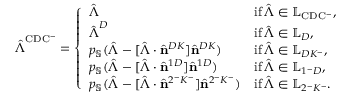
\hat { \boldsymbol { \Lambda } } ^ { \mathrm { C D C ^ { - } } } = \left\{ \begin{array} { l l } { \hat { \boldsymbol { \Lambda } } } & { \mathrm { i f \, } \hat { \boldsymbol { \Lambda } } \in \mathbb { L } _ { \mathrm { C D C ^ { - } } } , } \\ { \hat { \boldsymbol { \Lambda } } ^ { D } } & { \mathrm { i f \, } \hat { \boldsymbol { \Lambda } } \in \mathbb { L } _ { D } , } \\ { p _ { \mathbb { S } } ( \hat { \boldsymbol { \Lambda } } - [ \hat { \boldsymbol { \Lambda } } \cdot \hat { \mathbf { n } } ^ { D K } ] \hat { \mathbf { n } } ^ { D K } ) } & { \mathrm { i f \, } \hat { \boldsymbol { \Lambda } } \in \mathbb { L } _ { D K ^ { - } } , } \\ { p _ { \mathbb { S } } ( \hat { \boldsymbol { \Lambda } } - [ \hat { \boldsymbol { \Lambda } } \cdot \hat { \mathbf { n } } ^ { 1 D } ] \hat { \mathbf { n } } ^ { 1 D } ) } & { \mathrm { i f \, } \hat { \boldsymbol { \Lambda } } \in \mathbb { L } _ { 1 ^ { - } D } , } \\ { p _ { \mathbb { S } } ( \hat { \boldsymbol { \Lambda } } - [ \hat { \boldsymbol { \Lambda } } \cdot \hat { \mathbf { n } } ^ { 2 ^ { - } K ^ { - } } ] \hat { \mathbf { n } } ^ { 2 ^ { - } K ^ { - } } ) } & { \mathrm { i f \, } \hat { \boldsymbol { \Lambda } } \in \mathbb { L } _ { 2 ^ { - } K ^ { - } } . } \end{array} \right.